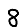
Digit: 8